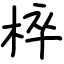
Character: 椊